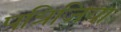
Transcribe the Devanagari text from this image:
पत्रिजिया